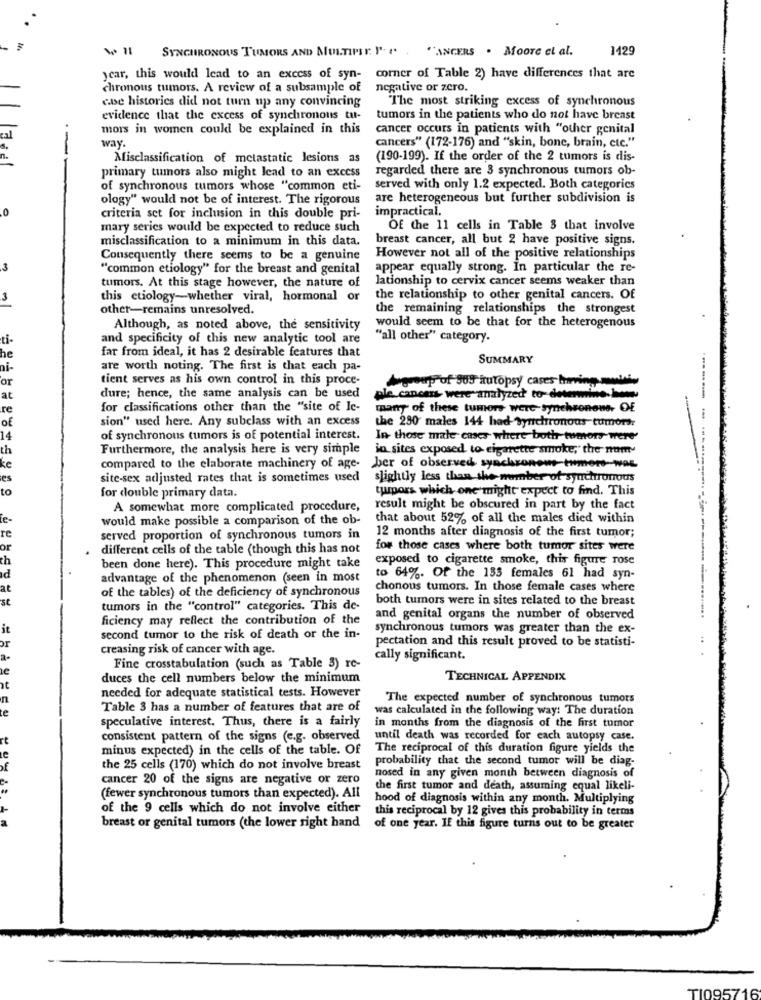
SYNCHRONOUS TUMORS AND MULTIPLE. P. P . ""ANGERS . Moore el al.
1429
ycar, this would lead to an excess of syn- corner of Table 2) have differences that are
chronous tumors. A review of a subsample of
negative or zero.
case histories did not turn up any convincing
The most striking excess of synchronous
evidence that the excess of synchronous tu-
tumors in the patients who do not have breast
mors in women could be explained in this
cancer occurs in patients with "other genital
cal
way.
6.
--
cancers" (172-176) and "skin, bone, brain, etc."
n.
Misclassification of metastatic lesions as
(190-199). If the order of the 2 tumors is dis-
regarded there are 3 synchronous tumors ob-
primary tumors also might lead to an excess
of synchronous tumors whose "common eti-
served with only 1.2 expected. Both categorics
ology" would not be of interest. The rigorous
are heterogeneous but further subdivision is
.0
impractical.
criteria set for inclusion in this double pri-
mary series would be expected to reduce such
Of the 11 cells in Table 3 that involve
misclassification to a minimum in this data.
breast cancer, all but 2 have positive signs.
Consequently there seems to be a genuine
However not all of the positive relationships
3
"common etiology" for the breast and genital
appear equally strong. In particular the re-
tumors. At this stage however, the nature of
lationship to cervix cancer seems weaker than
3
this etiology-whether viral, hormonal or
the relationship to other genital cancers. Of
other-remains unresolved.
the remaining relationships the strongest
Although, as noted above, the sensitivity
would seem to be that for the heterogenous
ti-
and specificity of this new analytic tool are
"all other" category.
he
far from ideal, it has 2 desirable features that
SUMMARY
ni-
are worth noting. The first is that each pa-
or
tient serves as his own control in this proce-
Agroup of 909 autopsy cases hirving mer.
at
dure; hence, the same analysis can be used
ple cancers- were analyzed to-detemine.
re
for classifications other than the "site of Ie-
many of these tumors were-synchronone, OE
Of
sion" used here. Any subclass with an excess
the 230 males 144 had Synchronous tumor:
-
14
of synchronous tumors is of potential interest.
In- those male cases where both tumors were'
th
Furthermore, the analysis here is very simple
in sites exposed to cigarette smoke," the num-
ke
compared to the elaborate machinery of age-
ber of observed synchronous immers-was
ies
site-sex adjusted rates that is sometimes used
slightly less than the number of synchronous
to
tumors which one might expect to find. This
for double primary data.
A somewhat more complicated procedure,
result might be obscured in part by the fact
te-
would make possible a comparison of the ob-
that about 52% of all the males died within
re
12 months after diagnosis of the first tumor;
served proportion of synchronous tumors in
or
different cells of the table (though this has not
for those cases where both tumor sites were
th
exposed to cigarette smoke, this figure rose
been done here). This procedure might take
advantage of the phenomenon (seen in most
to 64%. Of the 133 females 61 had syn-
at
of the tables) of the deficiency of synchronous
chonous tumors. In those female cases where
st
both tumors were in sites related to the breast
tumors in the "control" categories. This de-
ficiency may reflect the contribution of the
and genital organs the number of observed
it
synchronous tumors was greater than the ex-
second tumor to the risk of death or the in-
pectation and this result proved to be statisti-
or
creasing risk of cancer with age.
cally significant.
Fine crosstabulation (such as Table 3) re-
duces the cell numbers below the minimum
TECHNICAL APPENDIX
at
n
needed for adequate statistical tests. However
The expected number of synchronous tumors
te
Table 3 has a number of features that are of
was calculated in the following way: The duration
speculative interest. Thus, there is a fairly
in months from the diagnosis of the first tumor
rt
consistent pattern of the signs (e.g. observed
until death was recorded for each autopsy case.
minus expected) in the cells of the table. Of
The reciprocal of this duration figure yields the
probability that the second tumor will be diag-
the 25 cells (170) which do not involve breast
cancer 20 of the signs are negative or zero
nosed in any given month between diagnosis of
the first tumor and death, assuming equal likeli-
(fewer synchronous tumors than expected). All
hood of diagnosis within any month. Multiplying
of the 9 cells which do not involve either
this reciprocal by 12 gives this probability in terms
breast or genital tumors (the lower right hand
of one year. IF this figure turns out to be greater
TI095716